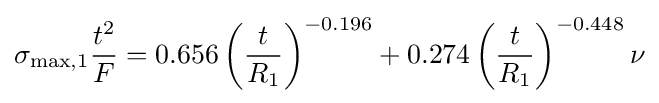
\sigma _{{\text{max}},1}{\frac {t^{2}}{F}}=0.656\left({\frac {t}{R_{1}}}\right)^{-0.196}+0.274\left({\frac {t}{R_{1}}}\right)^{-0.448}\nu